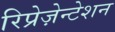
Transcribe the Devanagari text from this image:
रिप्रेज़ेन्टेशन